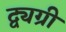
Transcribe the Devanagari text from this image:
द्व्यग्री